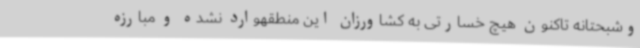
وشبحتانه تاکنون هیچ خسارتی به کشاورزان این منطقهوارد نشده و مبارزه